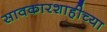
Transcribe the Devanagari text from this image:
सावकारशाहीच्या